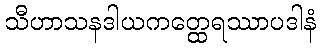
သီဟာသနဒါယကတ္ထေရဿာပဒါနံ